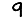
Digit: 9